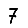
Digit: 7